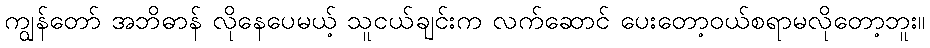
ကျွန်တော် အဘိဓာန် လိုနေပေမယ့် သူငယ်ချင်းက လက်ဆောင် ပေးတော့ဝယ်စရာမလိုတော့ဘူး။